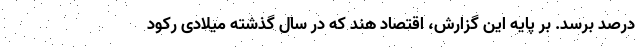
درصد برسد. بر پایه این گزارش، اقتصاد هند که در سال گذشته میلادی رکود